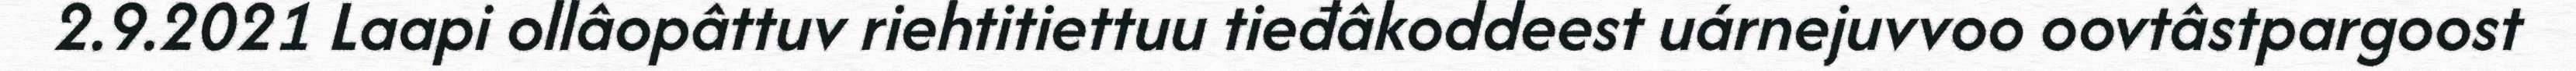
2.9.2021 Laapi ollâopâttuv riehtitiettuu tieđâkoddeest uárnejuvvoo oovtâstpargoost